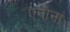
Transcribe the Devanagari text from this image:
एनोना